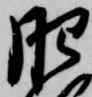
肥